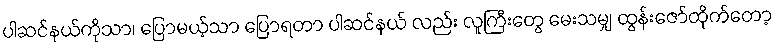
ပါဆင်နယ်ကိုသာ၊ ပြောမယ့်သာ ပြောရတာ ပါဆင်နယ် လည်း လူကြီးတွေ မေးသမျှ ထွန်းဇော်ထိုက်တော့